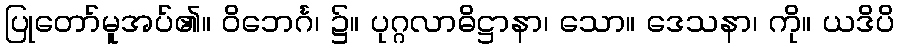
ပြုတော်မူအပ်၏။ ဝိဘေင်္ဂ၊ ၌။ ပုဂ္ဂလာဓိဋ္ဌာနာ၊ သော။ ဒေသနာ၊ ကို။ ယဒိပိ